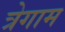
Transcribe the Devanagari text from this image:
त्रेगाम